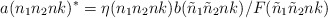
\begin{align*}a(n_1n_2nk)^*=\eta(n_1n_2nk) b({\tilde n}_1{\tilde n}_2nk)/F({\tilde n}_1{\tilde n}_2nk) \end{align*}